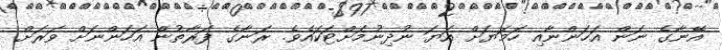
އޭނާގެ ނަން އަހަންނާއި ހަމަޔަށް އަޔަ ނުދިނުމަށްޓަކައެވެ. ރަނާގެ ފަރާތުން އަހަންނަށް ވަރަށް